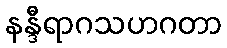
နန္ဒီရာဂသဟဂတာ